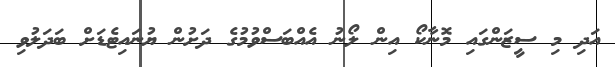
އަދި މި ސީޒަންގައި މޮނާކޯ އިން ލޯނު އެއްބަސްވުމުގެ ދަށުން ޔުނައިޓެޑަށް ބަދަލުވި